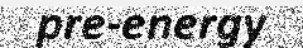
pre-energy